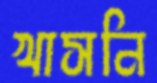
খাসনি